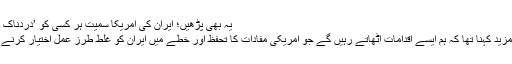
یہ بھی پڑھیں؛ ایران کی امریکا سمیت ہر کسی کو ’دردناک نتائج‘ کی دھکمی
مائیک پومپیو کا مزید کہنا تھا کہ ہم ایسے اقدامات اٹھاتے رہیں گے جو امریکی مفادات کا تحفظ اور خطے میں ایران کو غلط طرزِ عمل اختیار کرنے سے روکیں گے۔